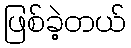
ဖြစ်ခဲ့တယ်